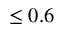
\le 0 . 6